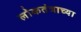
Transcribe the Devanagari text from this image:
लोकतंत्राच्या